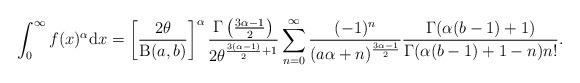
LaTeX: \begin{align*}\int^\infty_0 f(x)^\alpha \mathrm{d}x=\left[\frac{2\theta}{\operatorname{B}(a,b)}\right]^\alpha\frac{\Gamma\left( \frac{3\alpha-1}{2}\right)}{2\theta^{\frac{3(\alpha-1)}{2}+1}}\sum^\infty_{n=0}\frac{(-1)^n}{(a\alpha+n)^{\frac{3\alpha-1}{2}}}\frac{\Gamma(\alpha(b-1)+1)}{\Gamma(\alpha(b-1)+1-n)n!}.\end{align*}